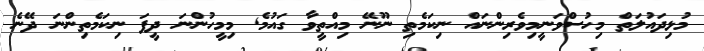
މުޅިދައުލަތް މިހުސްވަނީމިވެރިންނައް ނިކަމެތި ނޫނޭ މިއްތީވާ ގައުމެ